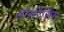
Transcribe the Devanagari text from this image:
होर्सरेसिंग